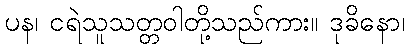
ပန၊ ငရဲသူသတ္တဝါတို့သည်ကား။ ဒုခိနော၊